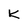
Character: k